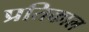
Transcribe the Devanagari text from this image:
प्रतिकाल